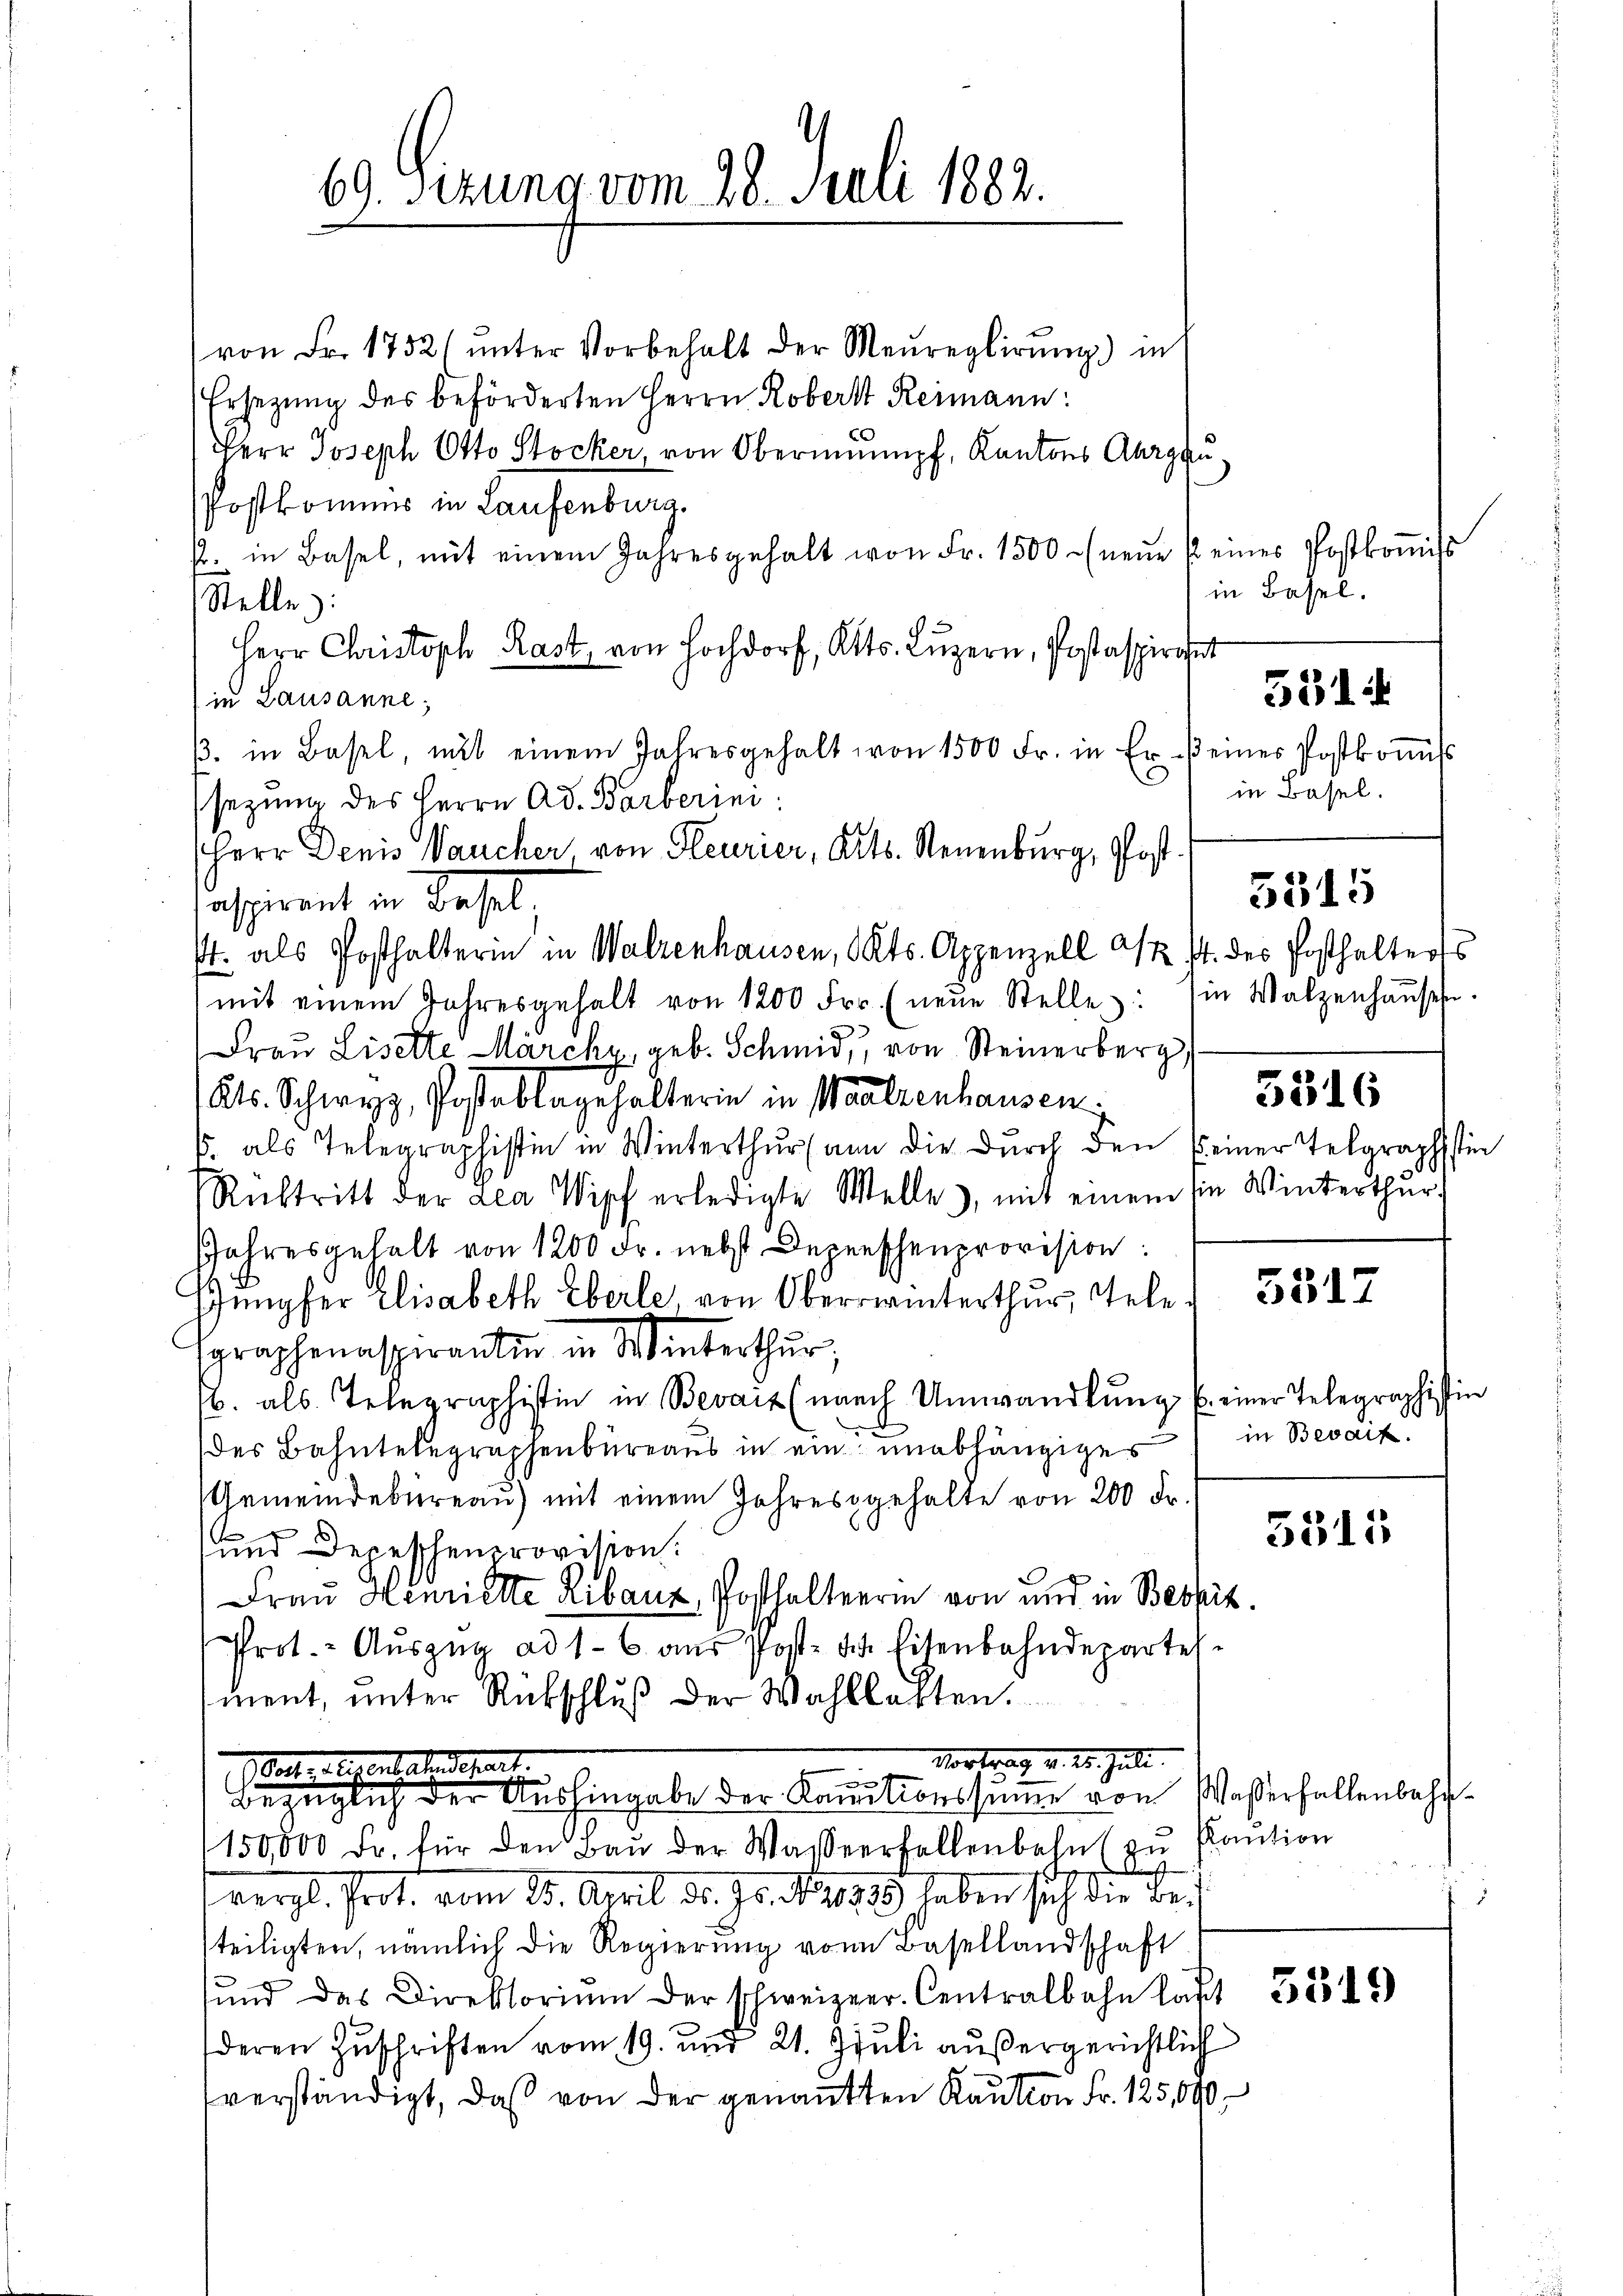
69. Sizung vom 28. Juli 1882.

von Fr. 1752 (unter Vorbehalt der Maŭreglirung) in
Ersezung des beförderten Herrn Roberst Reimann:
Herr Joseph Otto Stocker, von Obernempf, Kantons Aargau.
Postkommis in Laufenburg.
A. in Basel, mit einem Jahresgehalt von Fr. 1500 (neŭe / eines Postkoṁis
Stelle:
Herr Christoph Rast von Hochdorf, Kts. Luzern, Postaspirant
in Lausanne,
β. in Basel, mit einem Jahresgehalt von 1500 Fr. in Er keines Postkoṁiss
sezung des Herrn Ad. Barberini
Herr Denis aucher, von Heurier, Art. Neuenburg, Postaspirant in Basel,
t. als Posthalterin in Walzenhausen, Kts. Appenzell XX. 14. des Posthalterts
mit einem Jahresgehalt von 1200 Fr. (neŭe Stelle: Ein Walzenhaŭses
Frau Liselte Marcky, geb. Schmid, von Steinerberg
Kts. Schwyz, Postablagehalterin in Waalzenhausen
6. als Telegraphistin in Winterthur an die durch den seiner Telgraphistin
Rücktritt der Lea Wipf erledigte Welle, mit einem sie Winterthur,
Jahresgehalt von 1200 Fr. nebst Depeschenprovision:
Eungfer Elisabeth Eberle, von Oberwinterthur, Telegraphenaspirantin in Winterthur,
b. als Telegraphistin in Bevait (nach Umwandlŭng u. einer Telegraphistin
des Bahntelegraphenbureaus in ein unabhängiges
Gemeindebüreaŭ) mit einem Jahresgehalte von 200 Fr.
und Decessenprovision:
Frau Heurierte Ribauz, Posthalterrin von und in Besprit
Prot. - Aŭszŭg ad 1. 6 aŭs Post- & Eisenbahndepartes.
iment, unter Rückschluß der Wahllakten.

Vortrag v. 25. Juli.
.

 ich der Aushingabe der Konitionssumme von Waßerfallenbahn¬

150,000 Fr. für den Baŭ der Wasserfallenbahnt zu Kaution
he
vergl. Prot. vom 25. April d. Js. 1821883 haben sich die bei
teiligten, nämlich die Regierung von Basellandschaft
fŭnd das Direktorium der schweizer. Centralbahn laßt
deren Zuschriften vom 19. und 21. Juli außergerichtlich
verständigt, daß von der genanten Kaution Fr. 125,000

in Basel.

5314

in Basel.

5315

5316

5517

in Bevaif.

5315

5519